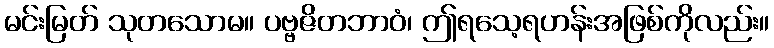
မင်းမြတ် သုတသောမ။ ပဗ္ဗဇိတဘာဝံ၊ ဤရသေ့ရဟန်းအဖြစ်ကိုလည်း။